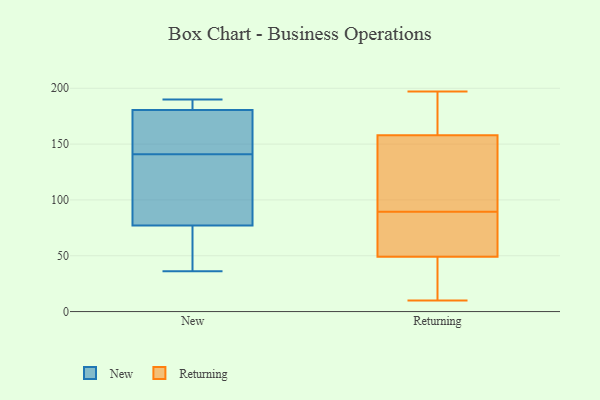
{"axis": {"x": "Demand Index", "y": "Value"}, "legend": ["New", "Returning"], "data": [{"x": "", "y": 190, "type": "New"}, {"x": "", "y": 141, "type": "New"}, {"x": "", "y": 189, "type": "New"}, {"x": "", "y": 188, "type": "New"}, {"x": "", "y": 40, "type": "New"}, {"x": "", "y": 132, "type": "New"}, {"x": "", "y": 154, "type": "New"}, {"x": "", "y": 158, "type": "New"}, {"x": "", "y": 36, "type": "New"}, {"x": "", "y": 77, "type": "New"}, {"x": "", "y": 77, "type": "New"}, {"x": "", "y": 50, "type": "Returning"}, {"x": "", "y": 92, "type": "Returning"}, {"x": "", "y": 154, "type": "Returning"}, {"x": "", "y": 177, "type": "Returning"}, {"x": "", "y": 14, "type": "Returning"}, {"x": "", "y": 192, "type": "Returning"}, {"x": "", "y": 158, "type": "Returning"}, {"x": "", "y": 87, "type": "Returning"}, {"x": "", "y": 49, "type": "Returning"}, {"x": "", "y": 10, "type": "Returning"}, {"x": "", "y": 53, "type": "Returning"}, {"x": "", "y": 130, "type": "Returning"}, {"x": "", "y": 149, "type": "Returning"}, {"x": "", "y": 23, "type": "Returning"}, {"x": "", "y": 197, "type": "Returning"}, {"x": "", "y": 33, "type": "Returning"}, {"x": "", "y": 61, "type": "Returning"}, {"x": "", "y": 166, "type": "Returning"}]}